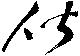
偕